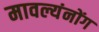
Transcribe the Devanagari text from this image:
मावल्यंनोंग